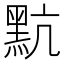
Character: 𪐦